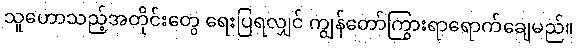
သူဟောသည့်အတိုင်းတွေ ရေးပြရလျှင် ကျွန်တော်ကြွားရာရောက်ချေမည်။